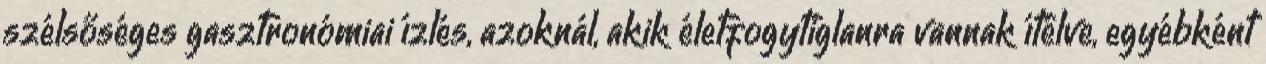
szélsőséges gasztronómiai ízlés, azoknál, akik életfogytiglanra vannak ítélve, egyébként